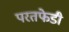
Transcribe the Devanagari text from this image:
परतफेडी